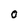
Character: o